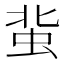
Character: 𧉥